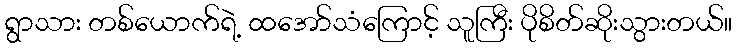
ရွာသား တစ်ယောက်ရဲ့ ထအော်သံကြောင့် သူကြီး ပိုစိတ်ဆိုးသွားတယ်။